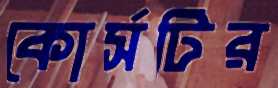
কোর্সটির